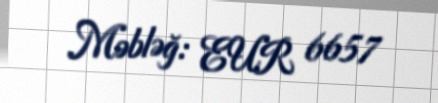
Məbləğ: EUR 6657